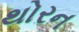
થોરન